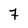
Character: 7